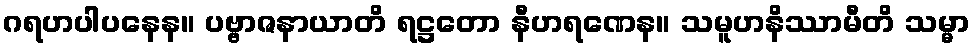
ဂရဟပါပနေန။ ပဗ္ဗာဇနာယာတိ ရဋ္ဌတော နီဟရဏေန။ သမူဟနိဿာမီတိ သမ္မာ